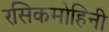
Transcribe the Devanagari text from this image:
रसिकमोहिनी